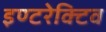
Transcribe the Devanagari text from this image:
इण्टरेक्टिव